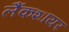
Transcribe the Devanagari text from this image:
लैंकशायर